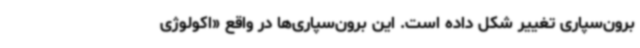
برون‌سپاری تغییر شکل داده است. این برون‌سپاری‌ها در واقع «اکولوژی